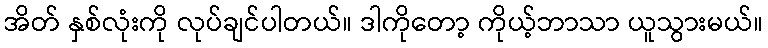
အိတ် နှစ်လုံးကို လုပ်ချင်ပါတယ်။ ဒါကိုတော့ ကိုယ့်ဘာသာ ယူသွားမယ်။